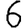
Digit: 6